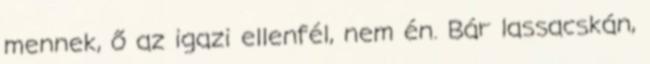
mennek, ő az igazi ellenfél, nem én. Bár lassacskán,